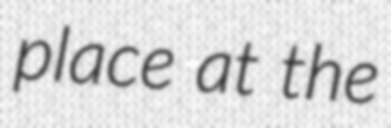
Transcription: place at the